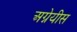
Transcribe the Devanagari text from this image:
अग्नेयीस